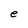
Character: e